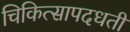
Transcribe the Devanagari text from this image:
चिकित्सापदधती